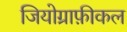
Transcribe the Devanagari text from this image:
जियोग्राफ़ीकल